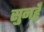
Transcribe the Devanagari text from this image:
सुनहुँ